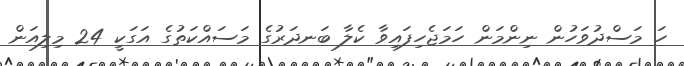
ހަ މަސްދުވަހުން ނިންމަން ހަމަޖެހިފައިވާ ކެލާ ބަނދަރުގެ މަސައްކަތުގެ އަގަކީ 24 މިލިއަން